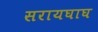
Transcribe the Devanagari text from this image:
सरायघाघ